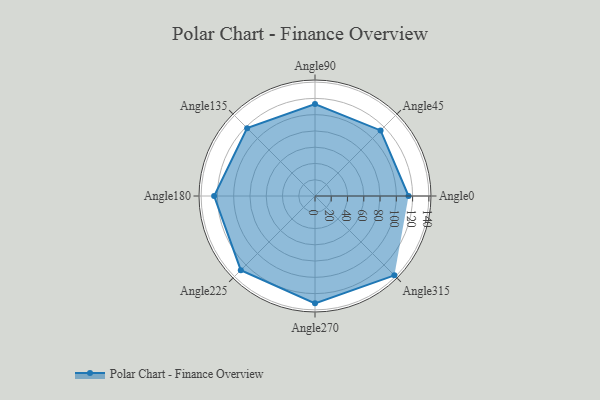
{"axis": {"x": "Angle", "y": "Radius"}, "legend": [""], "data": [{"x": "Angle0", "y": 115.0, "type": ""}, {"x": "Angle45", "y": 114.0, "type": ""}, {"x": "Angle90", "y": 113.0, "type": ""}, {"x": "Angle135", "y": 118.0, "type": ""}, {"x": "Angle180", "y": 124.0, "type": ""}, {"x": "Angle225", "y": 129.0, "type": ""}, {"x": "Angle270", "y": 132.0, "type": ""}, {"x": "Angle315", "y": 138.0, "type": ""}]}